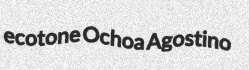
ecotone Ochoa Agostino